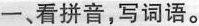
一、看拼音，写词语。